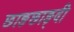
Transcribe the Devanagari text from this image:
छाङछाङ्दी